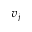
v _ { j }